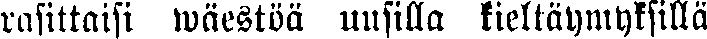
rasittaisi wäestöä uusilla kieltäymyksillä